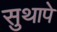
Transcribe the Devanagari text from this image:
सुथापे